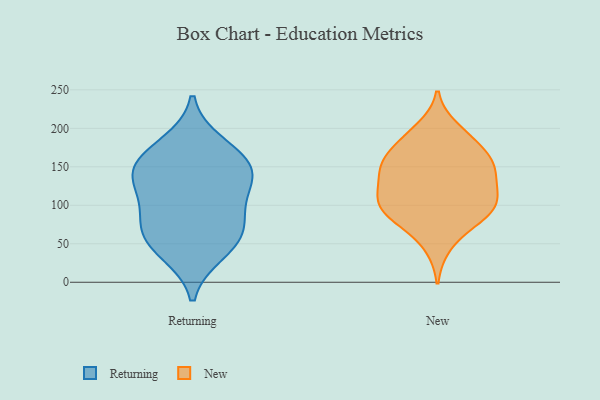
{"axis": {"x": "Gross Profit (USD K)", "y": "Value"}, "legend": ["New", "Returning"], "data": [{"x": "", "y": 132, "type": "Returning"}, {"x": "", "y": 148, "type": "Returning"}, {"x": "", "y": 161, "type": "Returning"}, {"x": "", "y": 59, "type": "Returning"}, {"x": "", "y": 39, "type": "Returning"}, {"x": "", "y": 88, "type": "Returning"}, {"x": "", "y": 122, "type": "Returning"}, {"x": "", "y": 146, "type": "Returning"}, {"x": "", "y": 54, "type": "Returning"}, {"x": "", "y": 179, "type": "Returning"}, {"x": "", "y": 82, "type": "Returning"}, {"x": "", "y": 199, "type": "New"}, {"x": "", "y": 111, "type": "New"}, {"x": "", "y": 80, "type": "New"}, {"x": "", "y": 185, "type": "New"}, {"x": "", "y": 83, "type": "New"}, {"x": "", "y": 47, "type": "New"}, {"x": "", "y": 186, "type": "New"}, {"x": "", "y": 113, "type": "New"}, {"x": "", "y": 164, "type": "New"}, {"x": "", "y": 148, "type": "New"}, {"x": "", "y": 146, "type": "New"}, {"x": "", "y": 101, "type": "New"}, {"x": "", "y": 110, "type": "New"}, {"x": "", "y": 153, "type": "New"}, {"x": "", "y": 86, "type": "New"}, {"x": "", "y": 123, "type": "New"}, {"x": "", "y": 94, "type": "New"}, {"x": "", "y": 146, "type": "New"}, {"x": "", "y": 158, "type": "New"}]}